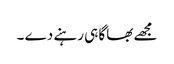
مجھے بھاگا ہی رہنے دے ۔